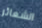
الشعائر